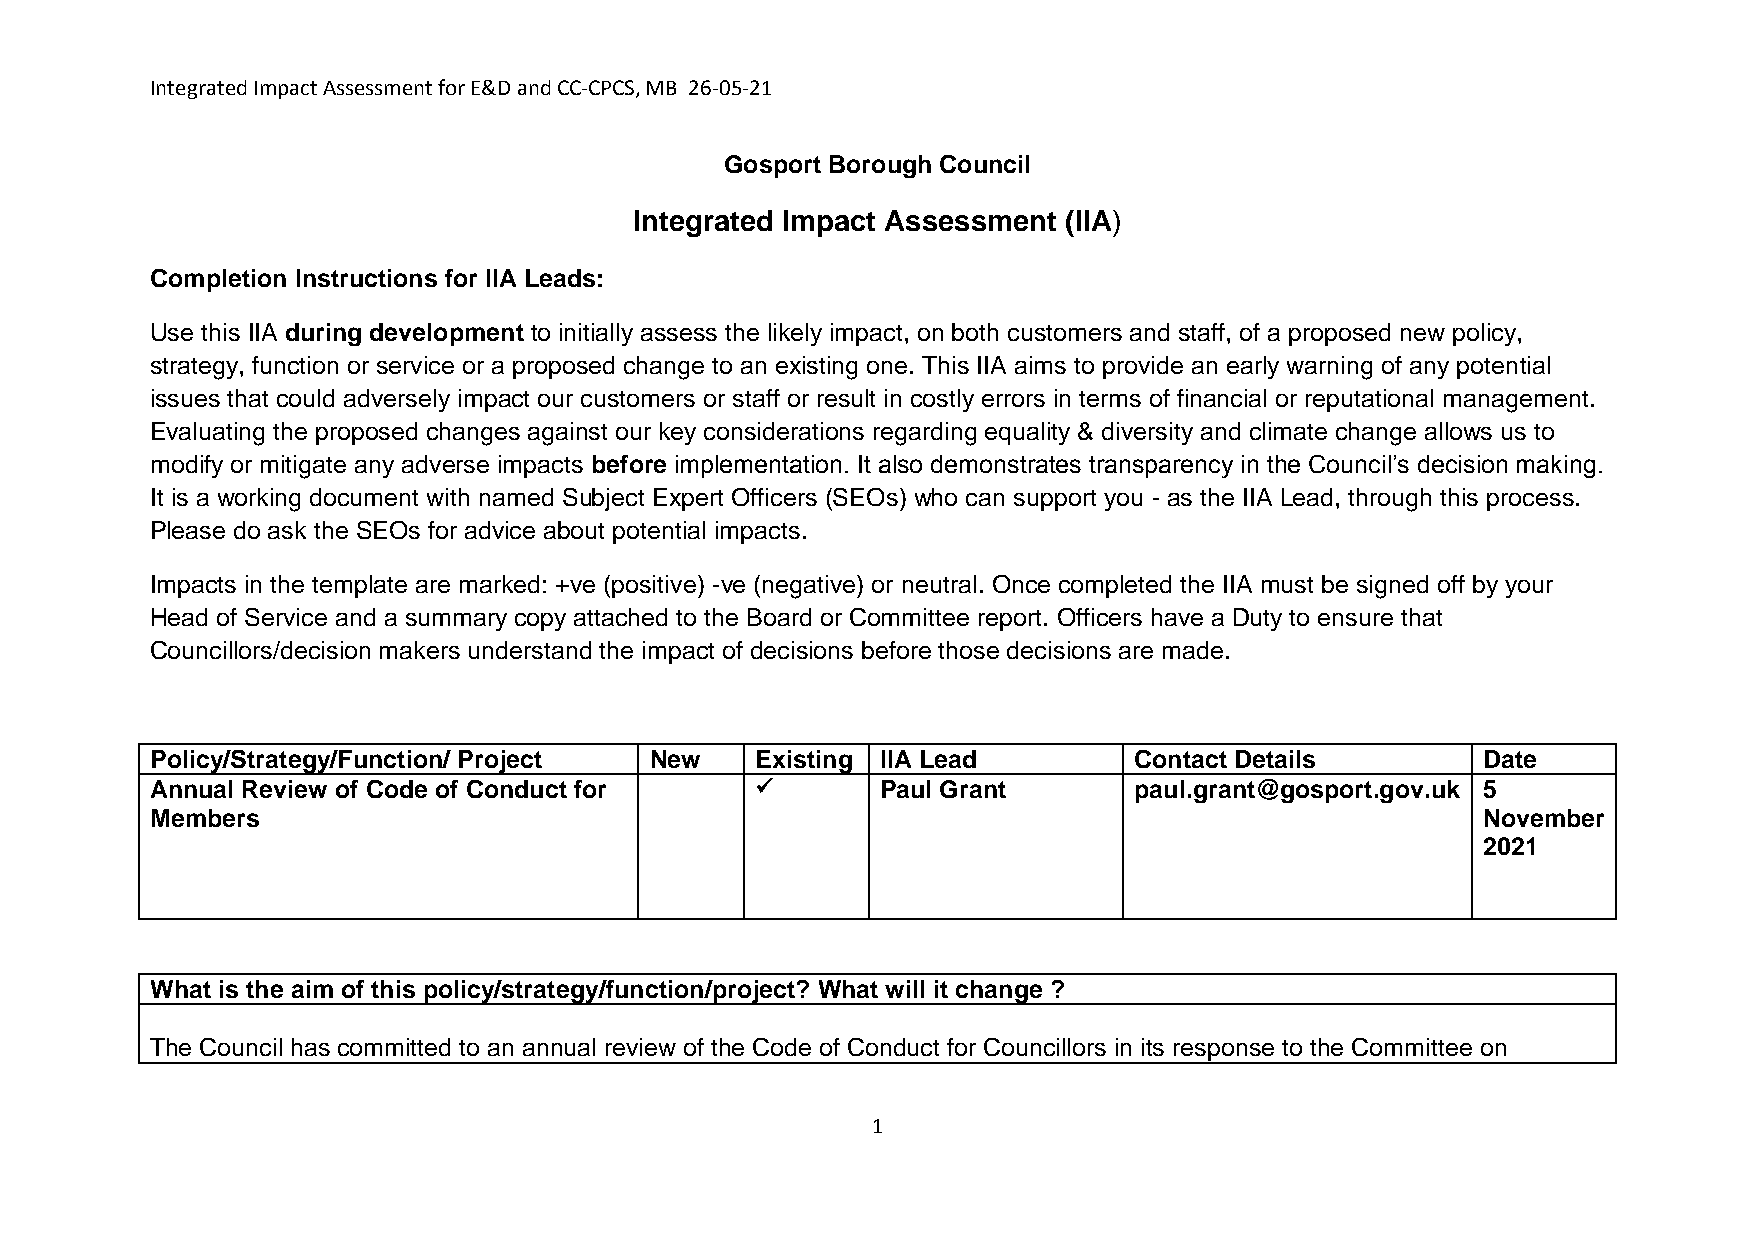
Integrated Impact Assessment for E&D and CC-CPCS, MB 26-05-21
 Gosport Borough Council
 Integrated Impact Assessment (IIA)
 Completion Instructions for IIA Leads:
 Use this IIA during development to initially assess the likely impact, on both customers and staff, of a proposed new policy,
 strategy, function or service or a proposed change to an existing one. This IIA aims to provide an early warning of any potential
 issues that could adversely impact our customers or staff or result in costly errors in terms of financial or reputational management.
 Evaluating the proposed changes against our key considerations regarding equality & diversity and climate change allows us to
 modify or mitigate any adverse impacts before implementation. It also demonstrates transparency in the Council’s decision making.
 It is a working document with named Subject Expert Officers (SEOs) who can support you - as the IIA Lead, through this process.
 Please do ask the SEOs for advice about potential impacts.
 Impacts in the template are marked: +ve (positive) -ve (negative) or neutral. Once completed the IIA must be signed off by your
 Head of Service and a summary copy attached to the Board or Committee report. Officers have a Duty to ensure that
 Councillors/decision makers understand the impact of decisions before those decisions are made.
 Policy/Strategy/Function/ Project New   Existing IIA Lead        Contact Details        Date
 Annual Review of Code of Conduct for           Paul Grant       paul.grant@gosport.gov.uk 5
 Members                                                                                 November
 2021
 What is the aim of this policy/strategy/function/project? What will it change ?
 The Council has committed to an annual review of the Code of Conduct for Councillors in its response to the Committee on
 1